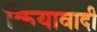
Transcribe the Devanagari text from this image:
क्रियावादी